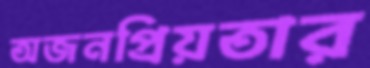
অজনপ্রিয়তার